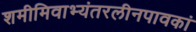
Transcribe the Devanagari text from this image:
शमीमिवाभ्यंतरलीनपावकां